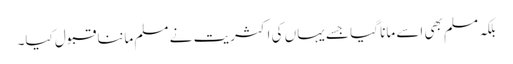
بلکہ مسلم بھی اسے مانا گیا جسے یہاں کی اکثریت نے مسلم ماننا قبول کیا۔